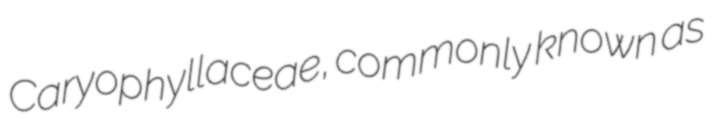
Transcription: Caryophyllaceae, commonly known as